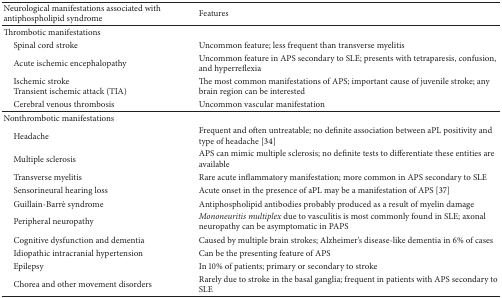
<table><thead><tr><td><b>Neurological manifestations associated with antiphospholipid syndrome</b></td><td><b>Features</b></td></tr></thead><tbody><tr><td>Thrombotic manifestations</td><td> </td></tr><tr><td> Spinal cord stroke</td><td>Uncommon feature; less frequent than transverse myelitis </td></tr><tr><td> Acute ischemic encephalopathy</td><td>Uncommon feature in APS secondary to SLE; presents with tetraparesis, confusion, and hyperreflexia</td></tr><tr><td> Ischemic stroke Transient ischemic attack (TIA)</td><td>The most common manifestations of APS; important cause of juvenile stroke; any brain region can be interested </td></tr><tr><td> Cerebral venous thrombosis</td><td>Uncommon vascular manifestation</td></tr><tr><td>Nonthrombotic manifestations</td><td> </td></tr><tr><td> Headache</td><td>Frequent and often untreatable; no definite association between aPL positivity and type of headache [34]</td></tr><tr><td> Multiple sclerosis</td><td>APS can mimic multiple sclerosis; no definite tests to differentiate these entities are available</td></tr><tr><td> Transverse myelitis</td><td>Rare acute inflammatory manifestation; more common in APS secondary to SLE</td></tr><tr><td> Sensorineural hearing loss</td><td>Acute onset in the presence of aPL may be a manifestation of APS [37]</td></tr><tr><td> Guillain-Barrè syndrome</td><td>Antiphospholipid antibodies probably produced as a result of myelin damage</td></tr><tr><td> Peripheral neuropathy</td><td><i>Mononeuritis multiplex</i> due to vasculitis is most commonly found in SLE; axonal neuropathy can be asymptomatic in PAPS</td></tr><tr><td> Cognitive dysfunction and dementia</td><td>Caused by multiple brain strokes; Alzheimer&#x27;s disease-like dementia in 6% of cases</td></tr><tr><td> Idiopathic intracranial hypertension</td><td>Can be the presenting feature of APS</td></tr><tr><td> Epilepsy</td><td>In 10% of patients; primary or secondary to stroke</td></tr><tr><td> Chorea and other movement disorders</td><td>Rarely due to stroke in the basal ganglia; frequent in patients with APS secondary to SLE</td></tr></tbody></table>